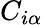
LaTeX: C_{i\alpha}